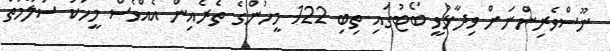
ނޫސްވެރިންނަށް ވިދާޅުވީ ބޯޓުގައި ތިބި 122 މީހުންގެ ތެރެއިން އެއްވެސް މީހަކު ސަލާމަތް